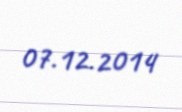
07.12.2014